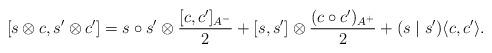
LaTeX: \begin{align*}[s\otimes c,s'\otimes c']=s\circ s'\otimes\frac{[c,c']_{A^{-}}}{2}+[s,s']\otimes\frac{(c\circ c')_{A^{+}}}{2}+(s\mid s')\langle c,c'\rangle.\end{align*}